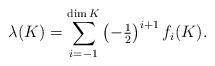
LaTeX: \begin{align*}\lambda (K) = \sum_{i=-1}^{\dim K} \left({\textstyle -\tfrac 12}\right)^{i+1} f_i(K).\end{align*}